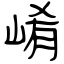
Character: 崤